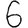
Digit: 6